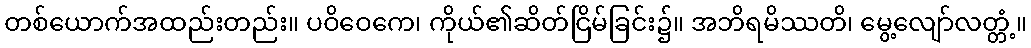
တစ်ယောက်အထည်းတည်း။ ပဝိဝေကေ၊ ကိုယ်၏ဆိတ်ငြိမ်ခြင်း၌။ အဘိရမိဿတိ၊ မွေ့လျော်လတ္တံ့။